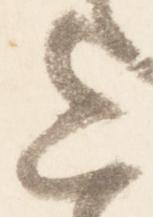
上